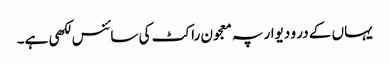
یہاں کے در و دیوار پہ معجون راکٹ کی سائنس لکھی ہے۔